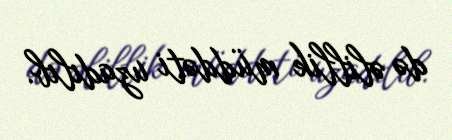
də əlillik müddəti uzadılıb.